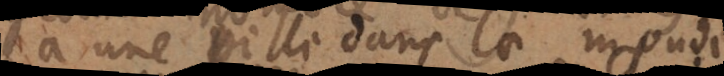
a une ville dans le monde